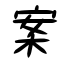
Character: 案